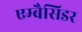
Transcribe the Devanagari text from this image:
एम्बैसिडर